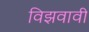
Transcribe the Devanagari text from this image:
विझवावी